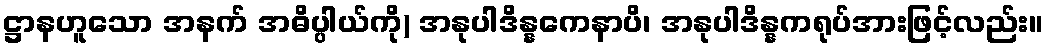
ဋ္ဌာနဟူသော အနက် အဓိပ္ပါယ်ကို) အနုပါဒိန္နကေနာပိ၊ အနုပါဒိန္နကရုပ်အားဖြင့်လည်း။